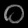
Digit: ၀